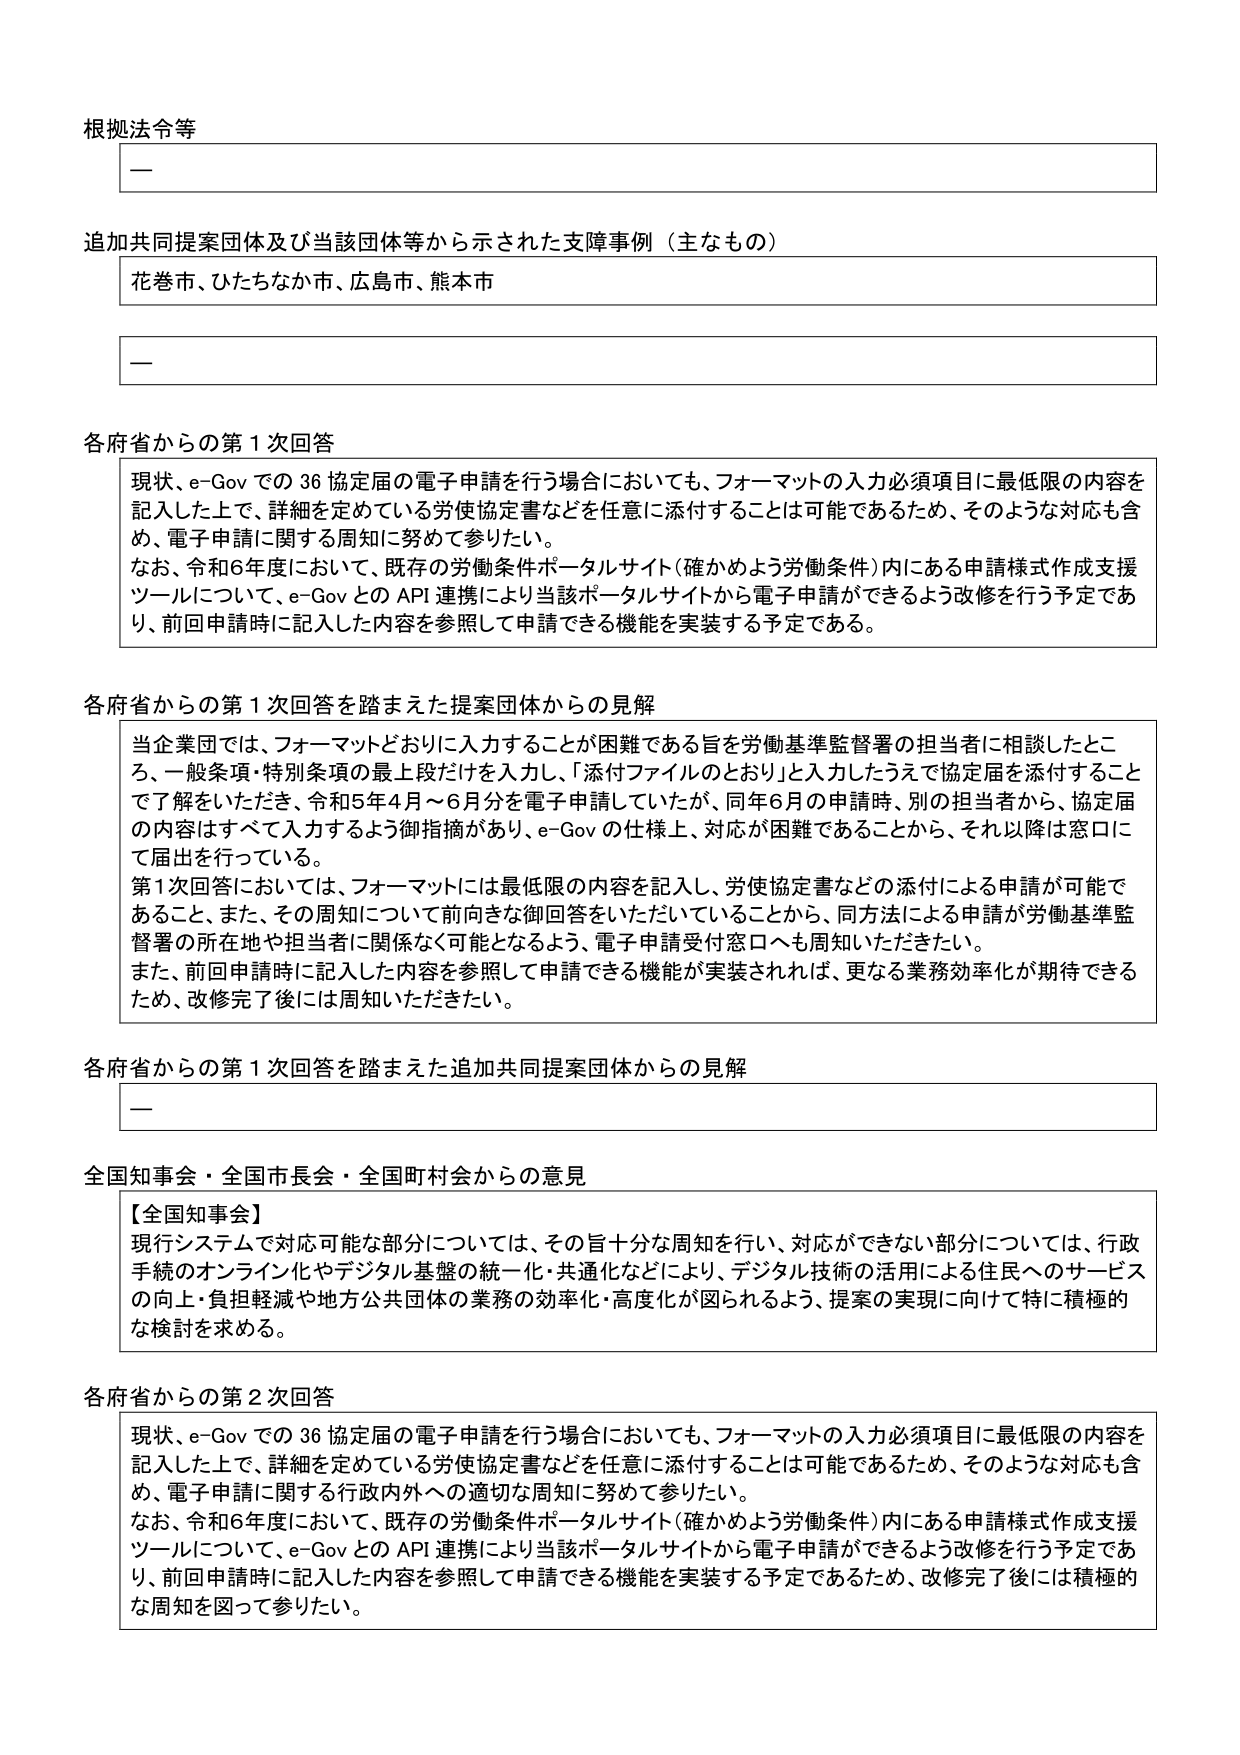
根拠法令等
—

追加共同提案団体及び当該団体等から示された支援事例（主なもの）
花巻市、ひたちなか市、広島市、熊本市
—

各府省からの第1次回答
現状、e-Govでの36協定届の電子申請を行う場合においても、フォーマットの入力必須項目に最低限の内容を記入した上で、詳細を定めている労使協定書などを任意に添付することは可能であるため、そのような対応も含め、電子申請に関する周知に努めて参りたい。
なお、令和6年度において、既存の労働条件ポータルサイト（確かめよう労働条件）内にある申請様式作成支援ツールについて、e-GovとのAPI連携により当該ポータルサイトから電子申請ができるよう改修を行う予定であり、前回申請時に記入した内容を参照して申請できる機能を実装する予定である。

各府省からの第1次回答を踏まえた提案団体からの見解
当企業団では、フォーマットどおりに入力することが困難である旨を労働基準監督署の担当者に相談したところ、一般条項・特別条項の最上段だけを入力し、「添付ファイルのとおり」と入力したうえで協定届を添付することで了解をいただき、令和5年4月～6月分を電子申請していたが、同年6月の申請時、別の担当者から、協定届の内容はすべて入力するよう御指摘があり、e-Govの仕様上、対応が困難であることから、それ以降は窓口にて届出を行っている。
第1次回答においては、フォーマットには最低限の内容を記入し、労使協定書などの添付による申請が可能であること、また、その周知について前向きな御回答をいただいていることから、同方法による申請が労働基準監督署の所在地や担当者に関係なく可能となるよう、電子申請受付窓口へも周知いただきたい。
また、前回申請時に記入した内容を参照して申請できる機能が実装されれば、更なる業務効率化が期待できるため、改修完了後には周知いただきたい。

各府省からの第1次回答を踏まえた追加共同提案団体からの見解
—

全国知事会・全国市長会・全国町村会からの意見
【全国知事会】
現行システムで対応可能な部分については、その旨十分な周知を行い、対応ができない部分については、行政手続のオンライン化やデジタル基盤の統一・共通化などにより、デジタル技術の活用による住民へのサービスの向上・負担軽減や地方公共団体の業務の効率化・高度化が図られるよう、提案の実現に向けて特に積極的な検討を求める。

各府省からの第2次回答
現状、e-Govでの36協定届の電子申請を行う場合においても、フォーマットの入力必須項目に最低限の内容を記入した上で、詳細を定めている労使協定書などを任意に添付することは可能であるため、そのような対応も含め、電子申請に関する行政内外への適切な周知に努めて参りたい。
なお、令和6年度において、既存の労働条件ポータルサイト（確かめよう労働条件）内にある申請様式作成支援ツールについて、e-GovとのAPI連携により当該ポータルサイトから電子申請ができるよう改修を行う予定であり、前回申請時に記入した内容を参照して申請できる機能を実装する予定であるため、改修完了後には積極的な周知を図って参りたい。